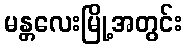
မန္တလေးမြို့အတွင်း